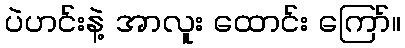
ပဲဟင်းနဲ့ အာလူး ထောင်း ကြော်။